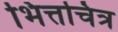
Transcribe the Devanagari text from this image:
भित्तचित्र